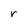
Character: r